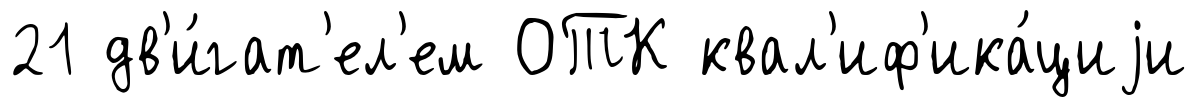
21 дв'и́гат'ел'ем ОТК квал'иф'ика́циjи